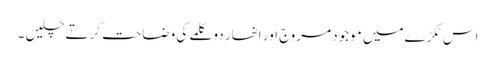
اس ٹکڑےمیں موجود مروج اور انھار دو کلمے کی وضاحت کرتے چلیں ۔